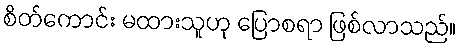
စိတ်ကောင်း မထားသူဟု ပြောစရာ ဖြစ်လာသည်။